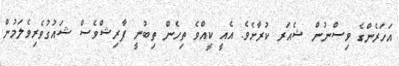
އަހަރެންގެ ވިސްނުން ޝެއަރ ކުރާށެވެ. އެއީ ކީއްވެ ތިހެން ތިބުނީ ފާރިޝްވެސް ޝައުގުވެރިވެލަމުން